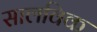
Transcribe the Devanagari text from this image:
सालविक